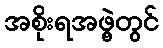
အစိုးရအဖွဲ့တွင်